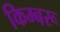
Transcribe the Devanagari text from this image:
किम्बरू